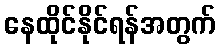
နေထိုင်နိုင်ရန်အတွက်